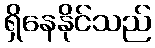
ရှိနေနိုင်သည်